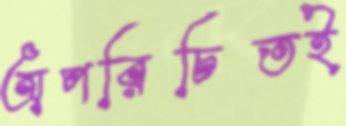
অপরিচিতই